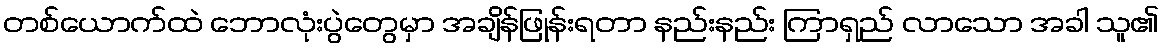
တစ်ယောက်ထဲ ဘောလုံးပွဲတွေမှာ အချိန်ဖြုန်းရတာ နည်းနည်း ကြာရှည် လာသော အခါ သူ၏